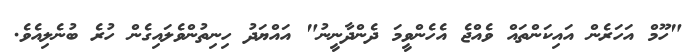
"ހޫމް އަހަރެން އައިކަންތައް ވެއްޖެ އެހެންވީމަ ދެންދާނީނު" އައްޔަދު ހިނިތުންވެލައިގެން ހުރެ ބުނެލިއެވެ.